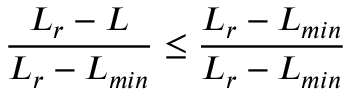
\frac { L _ { r } - L } { L _ { r } - L _ { m i n } } \leq \frac { L _ { r } - L _ { m i n } } { L _ { r } - L _ { m i n } }